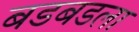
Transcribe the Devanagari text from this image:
बडबडला